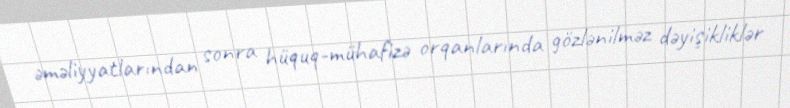
əməliyyatlarından sonra hüquq-mühafizə orqanlarında gözlənilməz dəyişikliklər